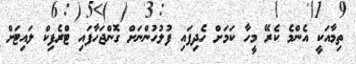
ތިމާއަކީ އެންމެ ކެރޭ މީހާ ކަމަށް ހެދިފައި ފުލުހުންނަށް ގޮންޖަހާފައި ޓްރެފިކް ލައިޓަށް